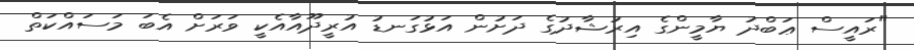
"ރައީސް ޢަބްދު ޔާމީންގެ އިރުޝާދުގެ ދަށުން އަޅުގަނޑު އުރީދޫއާއެކީ ވަރަށް އެބަ މަސައްކަތް